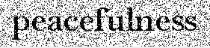
peacefulness